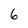
Character: 6